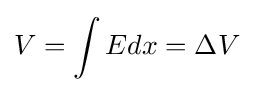
V=\int Edx=\Delta V